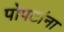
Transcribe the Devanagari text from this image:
पोपटांना